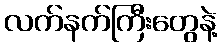
လက်နက်ကြီးတွေနဲ့